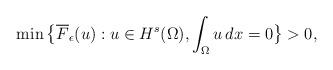
LaTeX: \begin{align*}\min \big\{ \overline{F}_\epsilon(u):u\in H^s(\Omega), \int_{\Omega}{u\,dx}=0\big\}>0,\end{align*}